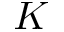
K